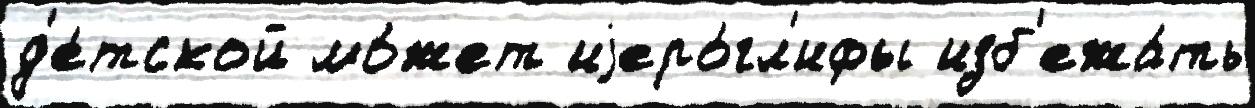
д'е́тской мо́жет иjеро́гл'ифы изб'ежа́ть